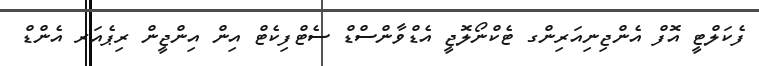
ފެކަލްޓީ އޮފް އެންޖިނިއަރިންގ ޓެކްނޯލޮޖީ އެޑްވާންސްޑް ސެޓްފިކެޓް އިން އިންޖީން ރިޕެއަރ އެންޑް